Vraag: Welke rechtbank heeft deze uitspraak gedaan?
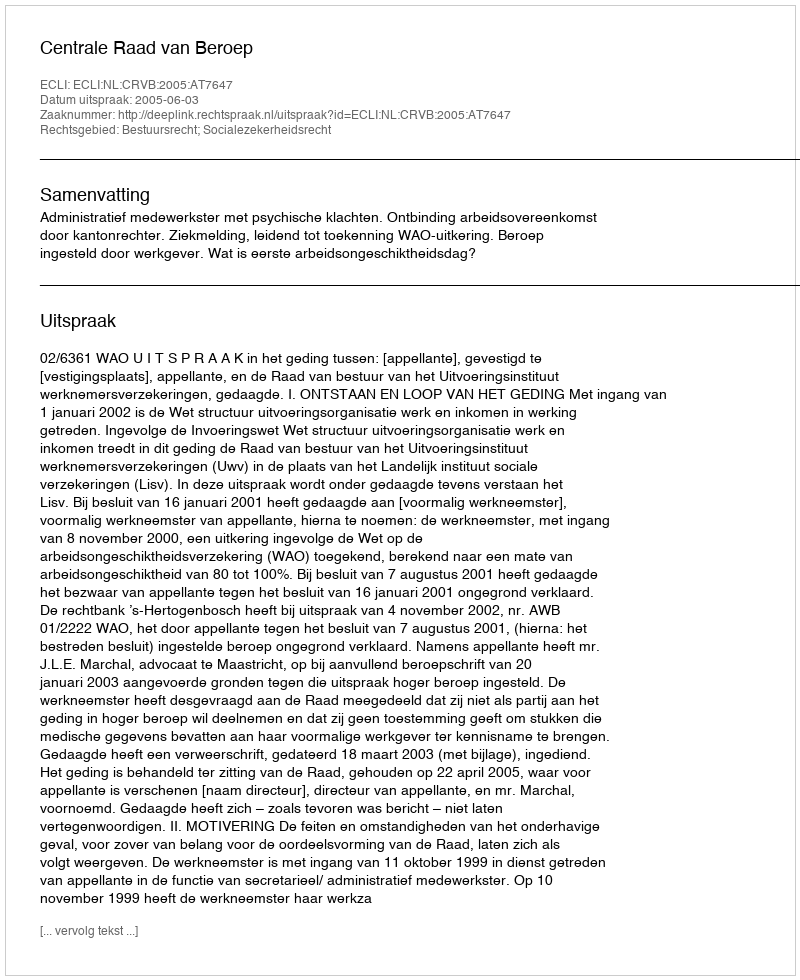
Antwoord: Centrale Raad van Beroep